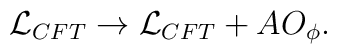
{\cal L}_{CFT} \to {\cal L}_{CFT} + A O_{\phi}.